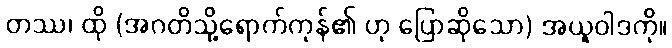
တဿ၊ ထို (အဂတိသို့ရောက်ကုန်၏ ဟု ပြောဆိုသော) အယူဝါဒကို။